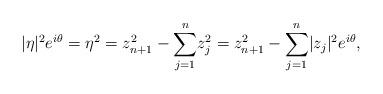
LaTeX: \begin{align*} \lvert \eta \rvert ^2 e^{i\theta}=\eta^2=z_{n+1}^2-{\displaystyle \sum_{j=1}^{n}}z_j^2=z_{n+1}^2-{\displaystyle \sum_{j=1}^{n}} \lvert z_j \rvert ^2 e^{i\theta},\end{align*}